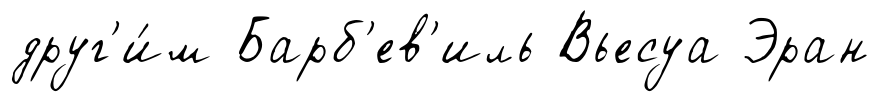
друг'и́м Барб'ев'иль Вьесуа Эран